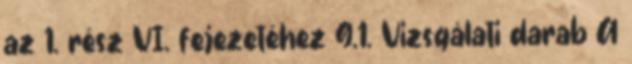
az 1. rész VI. fejezetéhez G.1. Vizsgálati darab A